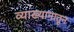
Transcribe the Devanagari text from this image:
व्याख्यानातून